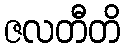
ဇလတီတိ